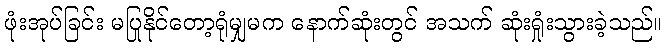
ဖုံးအုပ်ခြင်း မပြုနိုင်တော့ရုံမျှမက နောက်ဆုံးတွင် အသက် ဆုံးရှုံးသွားခဲ့သည်။